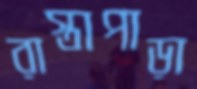
রাস্তাপাড়া